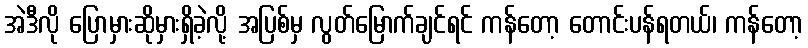
အဲဒီလို ပြောမှားဆိုမှားရှိခဲ့လို့ အပြစ်မှ လွတ်မြောက်ချင်ရင် ကန်တော့ တောင်းပန်ရတယ်၊ ကန်တော့